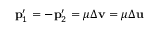
\mathbf { p } _ { 1 } ^ { \prime } = - \mathbf { p } _ { 2 } ^ { \prime } = \mu \Delta \mathbf { v } = \mu \Delta \mathbf { u }